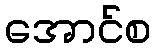
အောင်စ